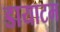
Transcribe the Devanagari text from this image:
डायाटम